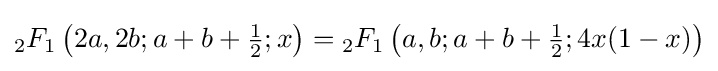
{}_{2}F_{1}\left(2a,2b;a+b+{\tfrac {1}{2}};x\right)={}_{2}F_{1}\left(a,b;a+b+{\tfrac {1}{2}};4x(1-x)\right)